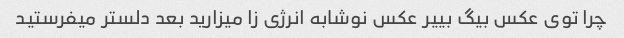
چرا توی عکس بیگ بییر عکس نوشابه انرژی زا میزارید بعد دلستر میفرستید